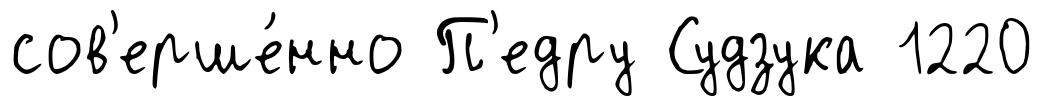
сов'ерше́нно П'едру Судзука 1220